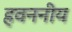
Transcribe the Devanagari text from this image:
हवननीय